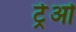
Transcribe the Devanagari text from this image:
ट्रेओ